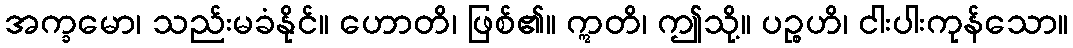
အက္ခမော၊ သည်းမခံနိုင်။ ဟောတိ၊ ဖြစ်၏။ ဣတိ၊ ဤသို့။ ပဉ္စဟိ၊ ငါးပါးကုန်သော။